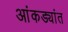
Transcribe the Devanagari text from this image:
आंकड्यांत